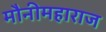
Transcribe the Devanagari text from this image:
मौनीमहाराज